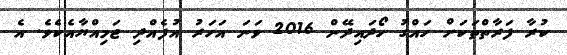
ކުރާ ފަރާތްތަކަށް ހައްގު ހޯދައިދޭން 2016 ވަނަ އަހަރު އުފެއްދި ޖަމިއްޔާއެކެވެ. އެ